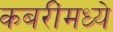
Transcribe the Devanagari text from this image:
कबरींमध्ये